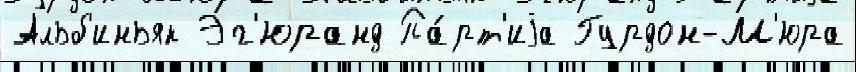
Альб'иньяк Эг'юранд Па́рт'иjа Гурдон-М'юра